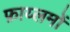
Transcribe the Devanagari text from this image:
फ़ाय्लमों